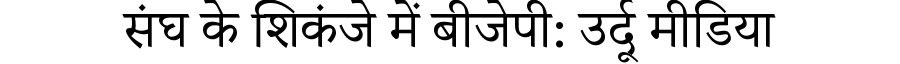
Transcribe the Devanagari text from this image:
संघ के शिकंजे में बीजेपी: उर्दू मीडिया